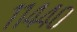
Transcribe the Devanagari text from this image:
११४४०